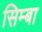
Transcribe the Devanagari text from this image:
सिम्बा